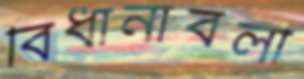
বিধানাবলী